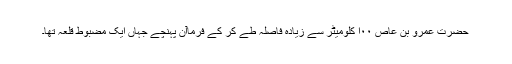
حضرت عمرو بن عاص ۰۰ا کلومیٹر سے زیادہ فاصلہ طے کر کے فرماآن پہنچے جہاں ایک مضبوط قلعہ تھا۔